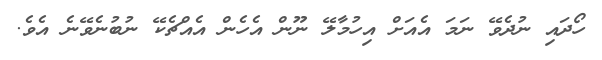
ހޯދައި ނުދެވޭ ނަމަ އެއަށް އިހުމާލޭ ނޫން އެހެން އެއްޗެކޭ ނުބުނެވޭނެ އެވެ.